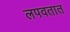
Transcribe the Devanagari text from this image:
लपवतात